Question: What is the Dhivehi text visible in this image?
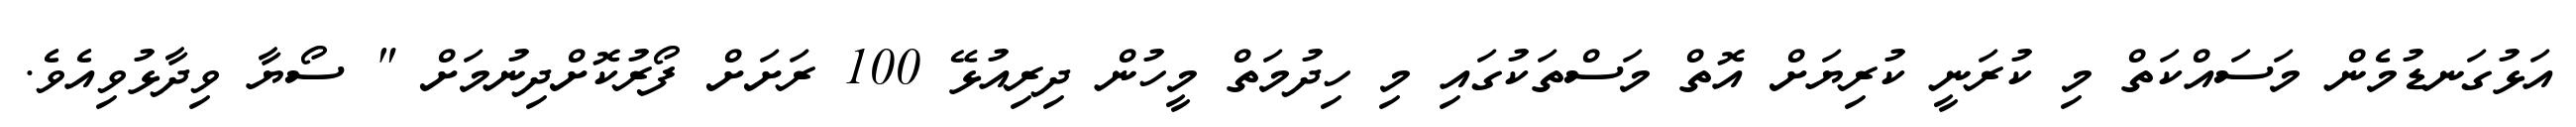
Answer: އަޅުގަނޑުމެން މަސައްކަތް މި ކުރަނީ ކުރިޔަށް އޮތް މަސްތަކުގައި މި ހިދުމަތް މީހުން ދިރިއުޅޭ 100 ރަށަށް ފޯރުކޮށްދިނުމަށް " ސޯޔާ ވިދާޅުވިއެވެ.